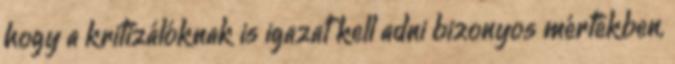
hogy a kritizálóknak is igazat kell adni bizonyos mértékben,